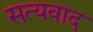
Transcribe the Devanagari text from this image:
सत्यवाद